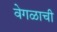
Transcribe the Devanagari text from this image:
वेगळाची